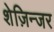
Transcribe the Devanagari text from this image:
शेज़िन्जर